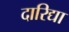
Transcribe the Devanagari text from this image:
दारिद्या